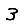
Digit: 3